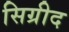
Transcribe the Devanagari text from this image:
सिग्रीद